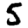
Digit: 5